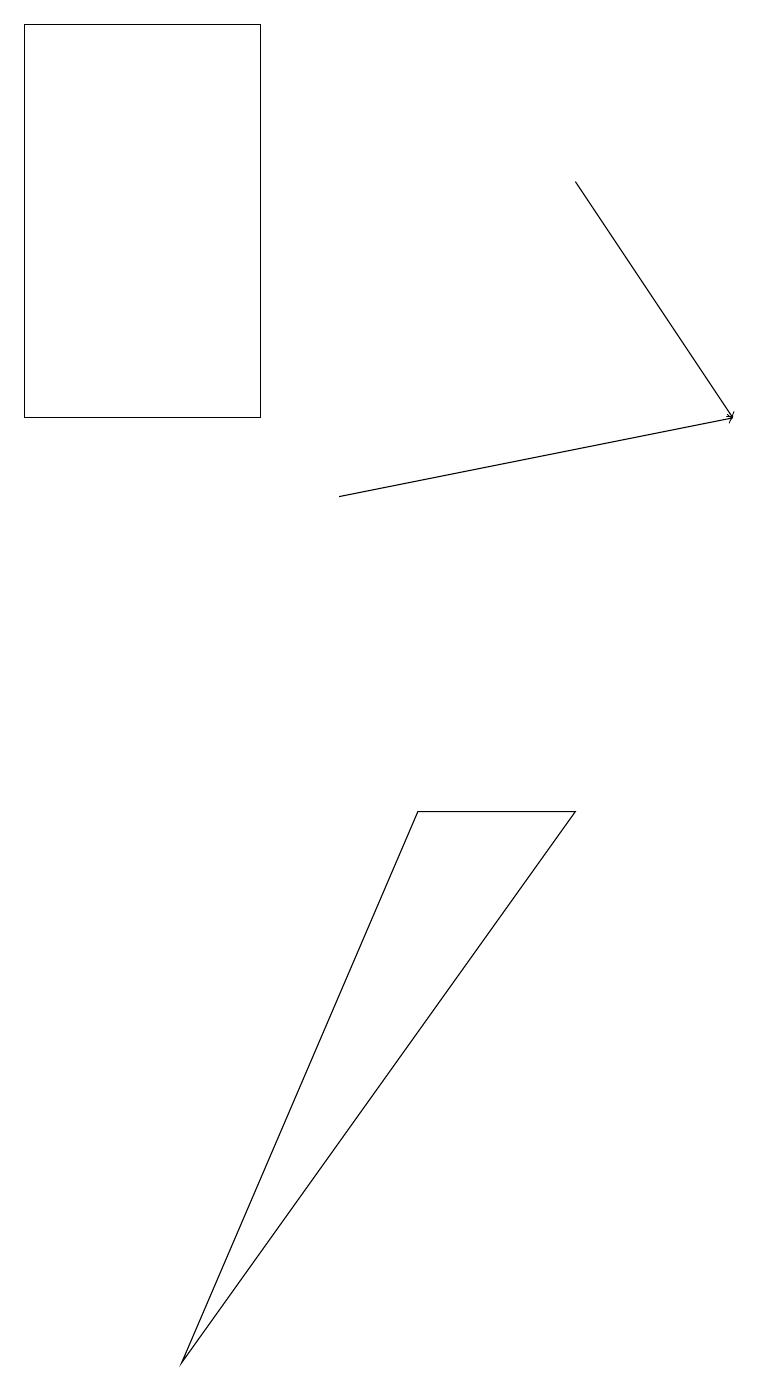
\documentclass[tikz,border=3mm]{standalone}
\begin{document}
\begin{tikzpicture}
\draw (7,9) -- (5,9) -- (2,2) -- cycle;
\draw[->] (4,13) -- (9,14);
\draw (0,14) rectangle (3,19);
\draw[->] (7,17) -- (9,14);
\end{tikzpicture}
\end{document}